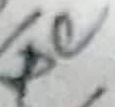
Text: NC